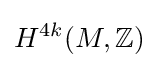
H^{4k}(M,\mathbb {Z} )